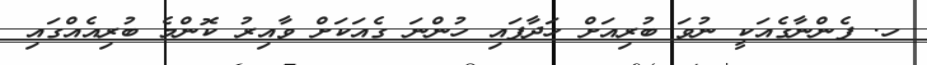
ހ. ފެންނާގެއަކީ ނުވަ ބުރިއަށް ހަދާފައި ހުންނަ ގެއަކަށް ވާއިރު ކޮންމެ ބުރިއެއްގައި